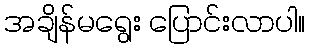
အချိန်မရွေး ပြောင်းလာပါ။